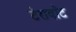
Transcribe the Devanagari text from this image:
टेरावॉट